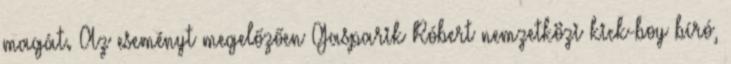
magát. Az eseményt megelőzően Gasparik Róbert nemzetközi kick-boy bíró,